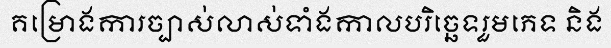
គម្រោងការច្បាស់លាស់ទាំងកាលបរិច្ឆេទរួមភេទ និង